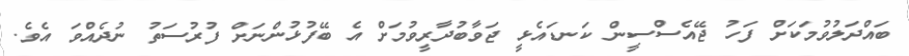
ބައްދަލުވުމަކަށް ފަހު ޖޭއެސްސީން ކަނޑައެޅީ ޖަވާބުދާރީވުމަށް އެ ބޭފުޅުންނަށް ފުރުސަތު ނުދެއްވަ އެވެ.